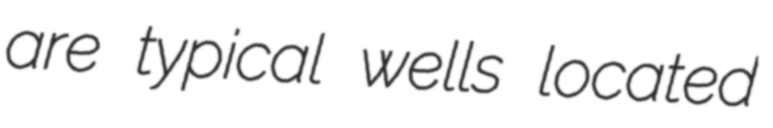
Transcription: are typical wells located